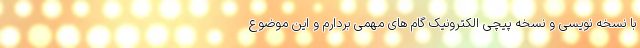
با نسخه نویسی و نسخه پیچی الکترونیک گام های مهمی بردارم و این موضوع